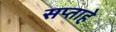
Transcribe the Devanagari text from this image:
सप्ताहे